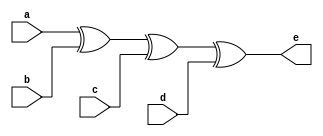
`timescale 1ns / 1ps
//////////////////////////////////////////////////////////////////////////////////
// Company: 
// Engineer: 
// 
// Design Name: 
// Module Name: four_input_XOR_gate_a
// Project Name: 
// Target Devices: 
// Tool Versions: 
// Description: 
// 
// Dependencies: 
// 
// Revision:
// Revision 0.01 - File Created
// Additional Comments:
// 
//////////////////////////////////////////////////////////////////////////////////


module four_input_XOR_gate_a(
    input a, b, c, d,
    output e
    );
    assign e=a^b^c^d;
endmodule